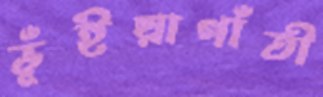
ভূঁইয়াগাঁতী